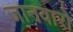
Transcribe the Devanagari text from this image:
जानवारो